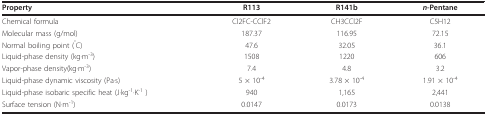
<table><thead><tr><td><b>Property</b></td><td><b>R113</b></td><td><b>R141b</b></td><td><b><i>n</i>-Pentane</b></td></tr></thead><tbody><tr><td>Chemical formula</td><td>Cl2FC-CClF2</td><td>CH3CCl2F</td><td>C5H12</td></tr><tr><td>Molecular mass (g/mol)</td><td>187.37</td><td>116.95</td><td>72.15</td></tr><tr><td>Normal boiling point (<sup>°</sup>C)</td><td>47.6</td><td>32.05</td><td>36.1</td></tr><tr><td>Liquid-phase density (kg·m<sup>-3</sup>)</td><td>1508</td><td>1220</td><td>606</td></tr><tr><td>Vapor-phase density(kg·m<sup>-3</sup>)</td><td>7.4</td><td>4.8</td><td>3.2</td></tr><tr><td>Liquid-phase dynamic viscosity (Pa·s)</td><td>5 × 10<sup>-4</sup></td><td>3.78 × 10<sup>-4</sup></td><td>1.91 × 10<sup>-4</sup></td></tr><tr><td>Liquid-phase isobaric specific heat (J·kg<sup>-1</sup>·K<sup>-1 </sup>)</td><td>940</td><td>1,165</td><td>2,441</td></tr><tr><td>Surface tension (N·m<sup>-1</sup>)</td><td>0.0147</td><td>0.0173</td><td>0.0138</td></tr></tbody></table>